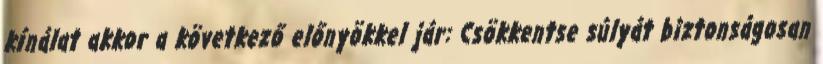
kínálat akkor a következő előnyökkel jár: Csökkentse súlyát biztonságosan